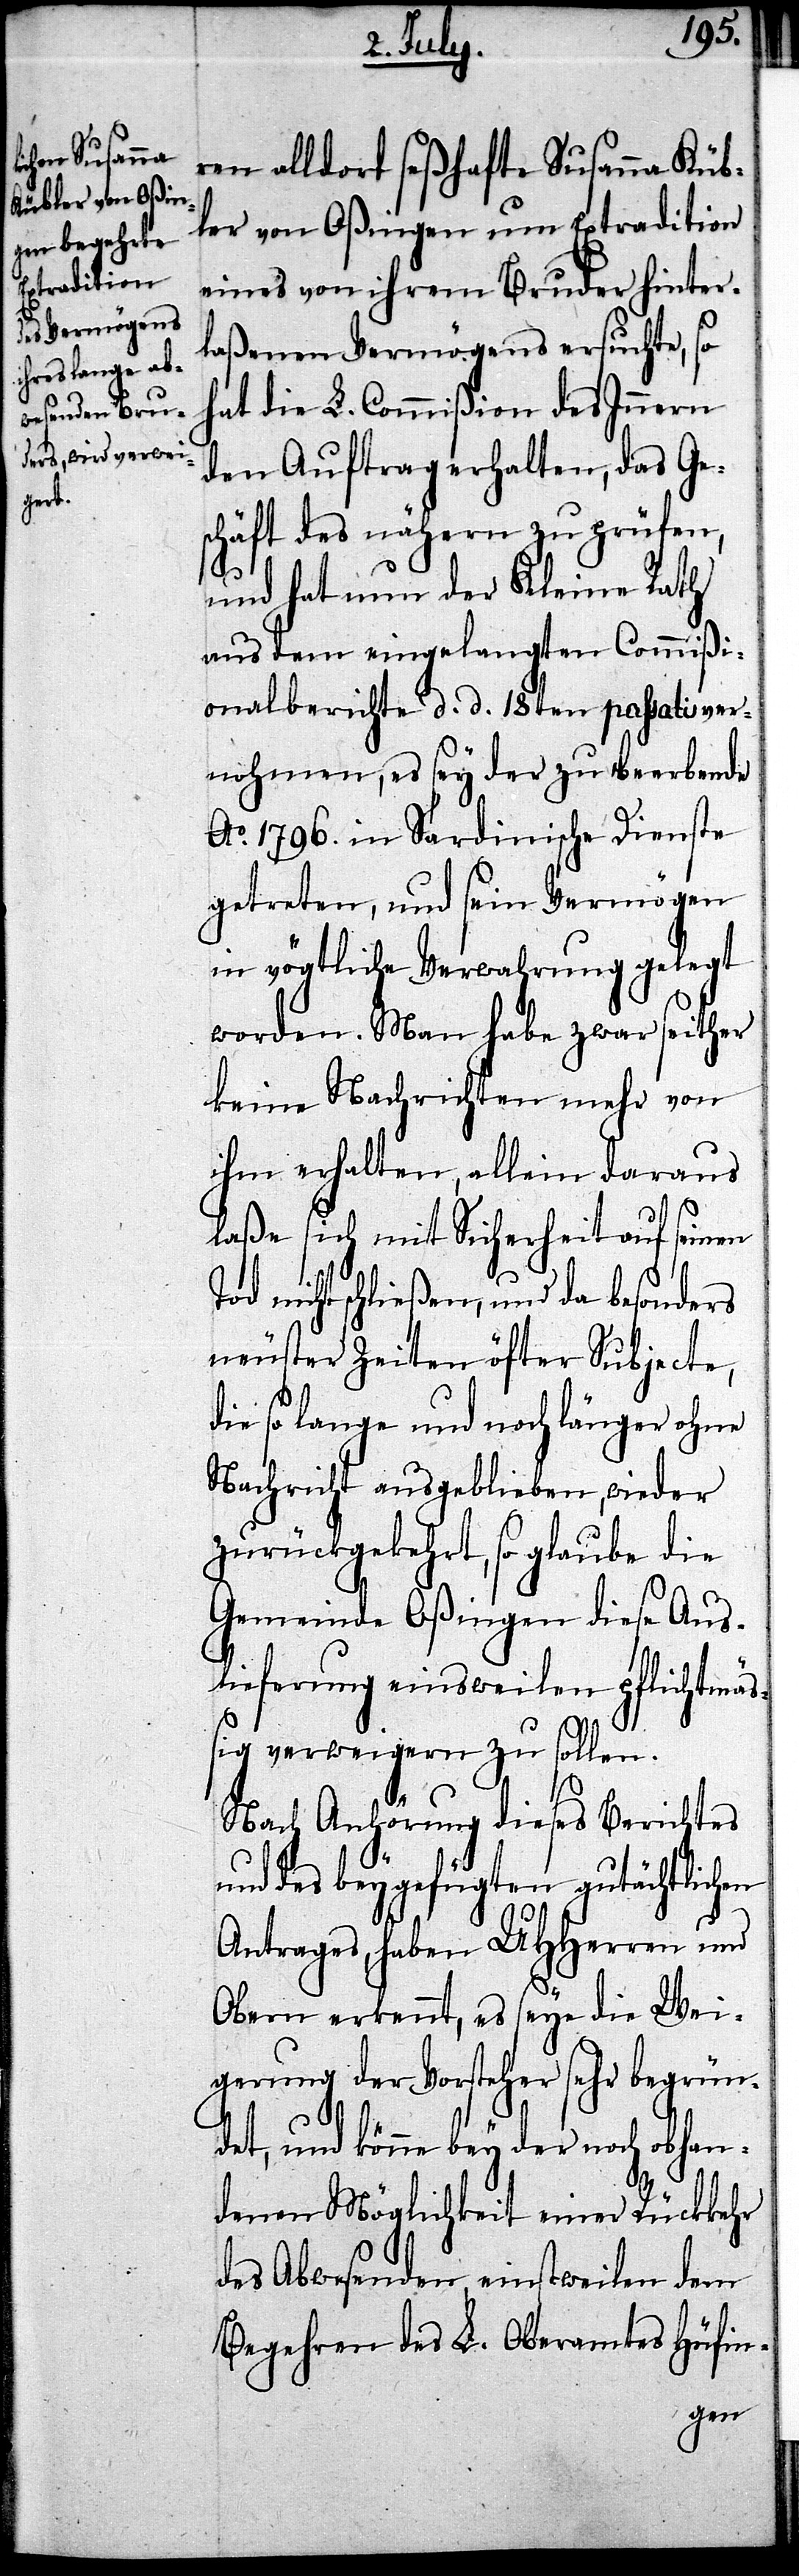
ren alldort seßhafte Susanna Küb¬
ler von Oßingen um Extradition
eines von ihrem Bruder hinter¬
laßenen Vermögens ersuchte, so
hat die L. Commißion des Innern
den Auftrag erhalten, das Ge¬
schäft des nähern zu prüfen,
und hat nun der Kleine Rath
aus dem eingelangten Commißi¬
onalberichte d. d. 18ten passati ver¬
nohmen, es sey der zu beerbende
Ao. 1796. in Sardinische Dienste
getreten, und sein Vermögen
in vögtliche Verwahrung gelegt
worden. Man habe zwar seither
keine Nachrichten mehr von
ihm erhalten, allein daraus
laße sich mit Sicherheit auf seinen
Tod nicht schließen, und da besonders
neuster Zeiten öfter Subjecte,
die so lange und noch länger ohne
Nachricht ausgeblieben, wieder
zurückgekehrt, so glaube die
Gemeinde Oßingen diese Aus¬
lieferung einsweilen pflichtmäß¬
ig verweigern zu sollen.
Nach Anhörung dieses Berichtes
und des beygefügten gutächtlichen
Antrages, haben UHHerren und
Obern erkennt, es seye die Wei¬
gerung der Vorsteher sehr begrün¬
det, und könne bey der noch obhan¬
denen Möglichkeit einer Rückkehr
des Abwesenden, einstweilen dem
Begehren des L. Oberamtes Hüfin-